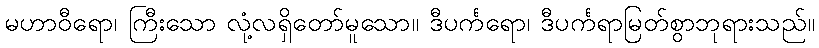
မဟာဝီရော၊ ကြီးသော လုံ့လရှိတော်မူသော။ ဒီပင်္ကရော၊ ဒီပင်္ကရာမြတ်စွာဘုရားသည်။